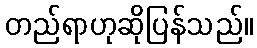
တည်ရာဟုဆိုပြန်သည်။